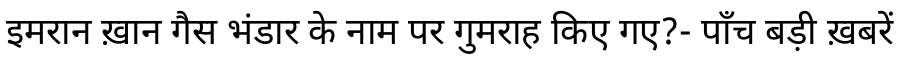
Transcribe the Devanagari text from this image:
इमरान ख़ान गैस भंडार के नाम पर गुमराह किए गए?- पाँच बड़ी ख़बरें